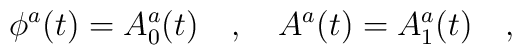
\phi^a(t)=A^a_0(t)\ \ \ ,\ \ \ A^a(t)=A^a_1(t)\ \ \ ,